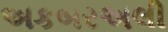
અકબરઅલી